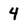
Character: 4